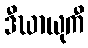
ဒီဃာယုကီ